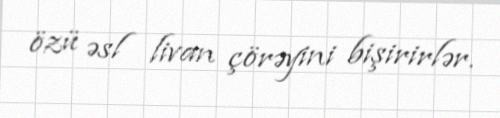
özü əsl livan çörəyini bişirirlər.